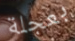
بعجلة